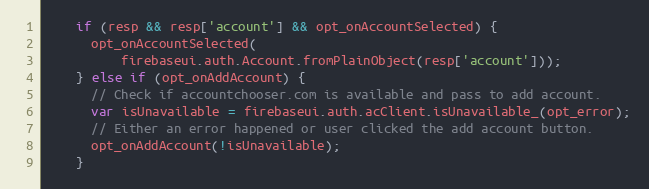
Language: JavaScript
    if (resp && resp['account'] && opt_onAccountSelected) {
      opt_onAccountSelected(
          firebaseui.auth.Account.fromPlainObject(resp['account']));
    } else if (opt_onAddAccount) {
      // Check if accountchooser.com is available and pass to add account.
      var isUnavailable = firebaseui.auth.acClient.isUnavailable_(opt_error);
      // Either an error happened or user clicked the add account button.
      opt_onAddAccount(!isUnavailable);
    }